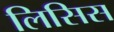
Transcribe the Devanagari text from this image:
लिसिस